Report of the Municipal Commissioner on the plague in Bombay for the year ending 31st May... - Volume 2
Disease focus: Plague
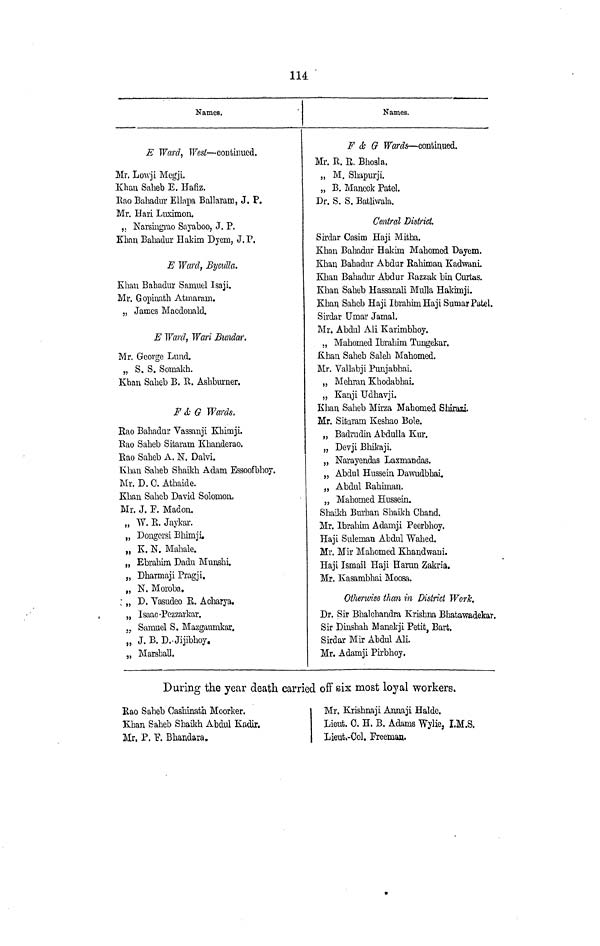
114.
Names.
E Ward, West — continued.
Mr. Lowji Megji.
Khan Saheb E. Hafiz.
Bao Bahadur Ellapa Ballaram, J. P.
Mr. Hari Luximon,
„ Narsiugi'ao Sayaboo, J. P.
Khan Bahadur Hakim Dyem, J. P.
E Ward, Bijculla.
Khan Bahadur Samuel Isaji.
Mr. Gopiuath Atmaram.
„ James Macdouald.
E Ward, Wari Bundar.
Mr. George Lund.
„ S. S. Somakh.
Khan Saheb B. B. Ashbumer.
F & G Wards.
Eao Bahadur Vassanji Khimji.
Eao Saheb Sitaram Khanderao.
Eao Saheb A. N. Dalvi.
Khan Saheb Shaikh Adam Essoofbhoy.
Mr. D. C. Athaide.
Khan Saheb David Solomon.
Mr. J. F. Madon.
„ W. E. Jaykar.
„ Dongersi Bhimji.
„ K. N. Mahale.
„ Ebrahim Dadu Munshi.
„ Dharrnaji Pragji.
„ N. Moroba.
„ D. Vasudeo E. Acharya,
„ Isaac -Pezzarkar.
j. Samuel S. Mazgaurnkar.
„ J. B. D..Jijibhoy.
„ Marshall.
Names.
F & G Wards — continued.
Mr. E. E. Bhosla,
„ M. Shapurji.
„ B. Mancck Patel.
Dr. S. S. Batliwala.
Central District.
Sirdar Casim Haji Mitha.
Khan Bahadur Hakim Mahomed Dayem,
Khan Bahadur Abdur Eahiman Kadwani.
Khan Bahadur Abdur Eazzak bin Curtas.
Khan Saheb Hassanali Mulla Hakimji.
Khan Saheb Haji Ibrahim Ha jiSumar Patel.
Sirdar Umar Jamal.
Mr. Abdul Ali Karimbhoy.
„ Mahomed Ibrahim Tungekar.
Khan Saheb Saleh Mahomed.
Mr. Yallabji Punjabhai.
„ Mehran Khodabhai.
„ Kanji Udhavji.
Khan Saheb Mirza Mahomed Shirazi.
Mr. Sitaram Keshao Bole.
„ Badrudin Abdulla Kur.
„ Devji Bhikaji.
„ Narayendas Laxmandas.
„ Abdul Hussein Dawudbhai.
„ Abdul Eahiman.
„ Mahomed Hussein.
Shaikh Burhan Shaikh Chand.
Mr. Ibrahim Adarnji Peerbhoy.
Haji Suleman Abdul Wahed.
Mr. Mir Mahomed Khandwani.
Haji Ismail Haji Harun Zakria.
Mr. Kasambhai Moosa.
Otherwise than in District Work.
Dr. Sir Bhalchandra Krishna Bhatawadekar.
Sir Dinshah Manekji Petit, Bart.
Sirdar Mir Abdul Ali.
Mr. Adamji Pirbhoy.
During the year death carried off six most loyal workers.
Eao Saheb OasMnath Moorker.
Khan Saheb Shaikh Abdul Kadir.
Mr. P. F. Bhandara.
Mr. Krishnaji Annaji Halde.
Lieut. 0. H. B. Adams Wylie, I.M.S.
Lient,-Col. Freeman.